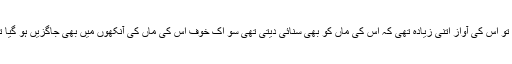
اب تو اس کی آواز اتنی زیادہ تھی کہ اس کی ماں کو بھی سنائی دیتی تھی سو اک خوف اس کی ماں کی آنکھوں میں بھی جاگزیں ہو گیا تھا۔